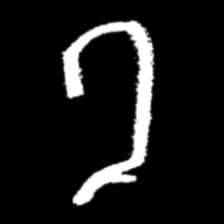
Pyu character \u2014 Myanmar letter: ခ (romanized: kha)